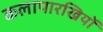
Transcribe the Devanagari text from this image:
कलापारखियों